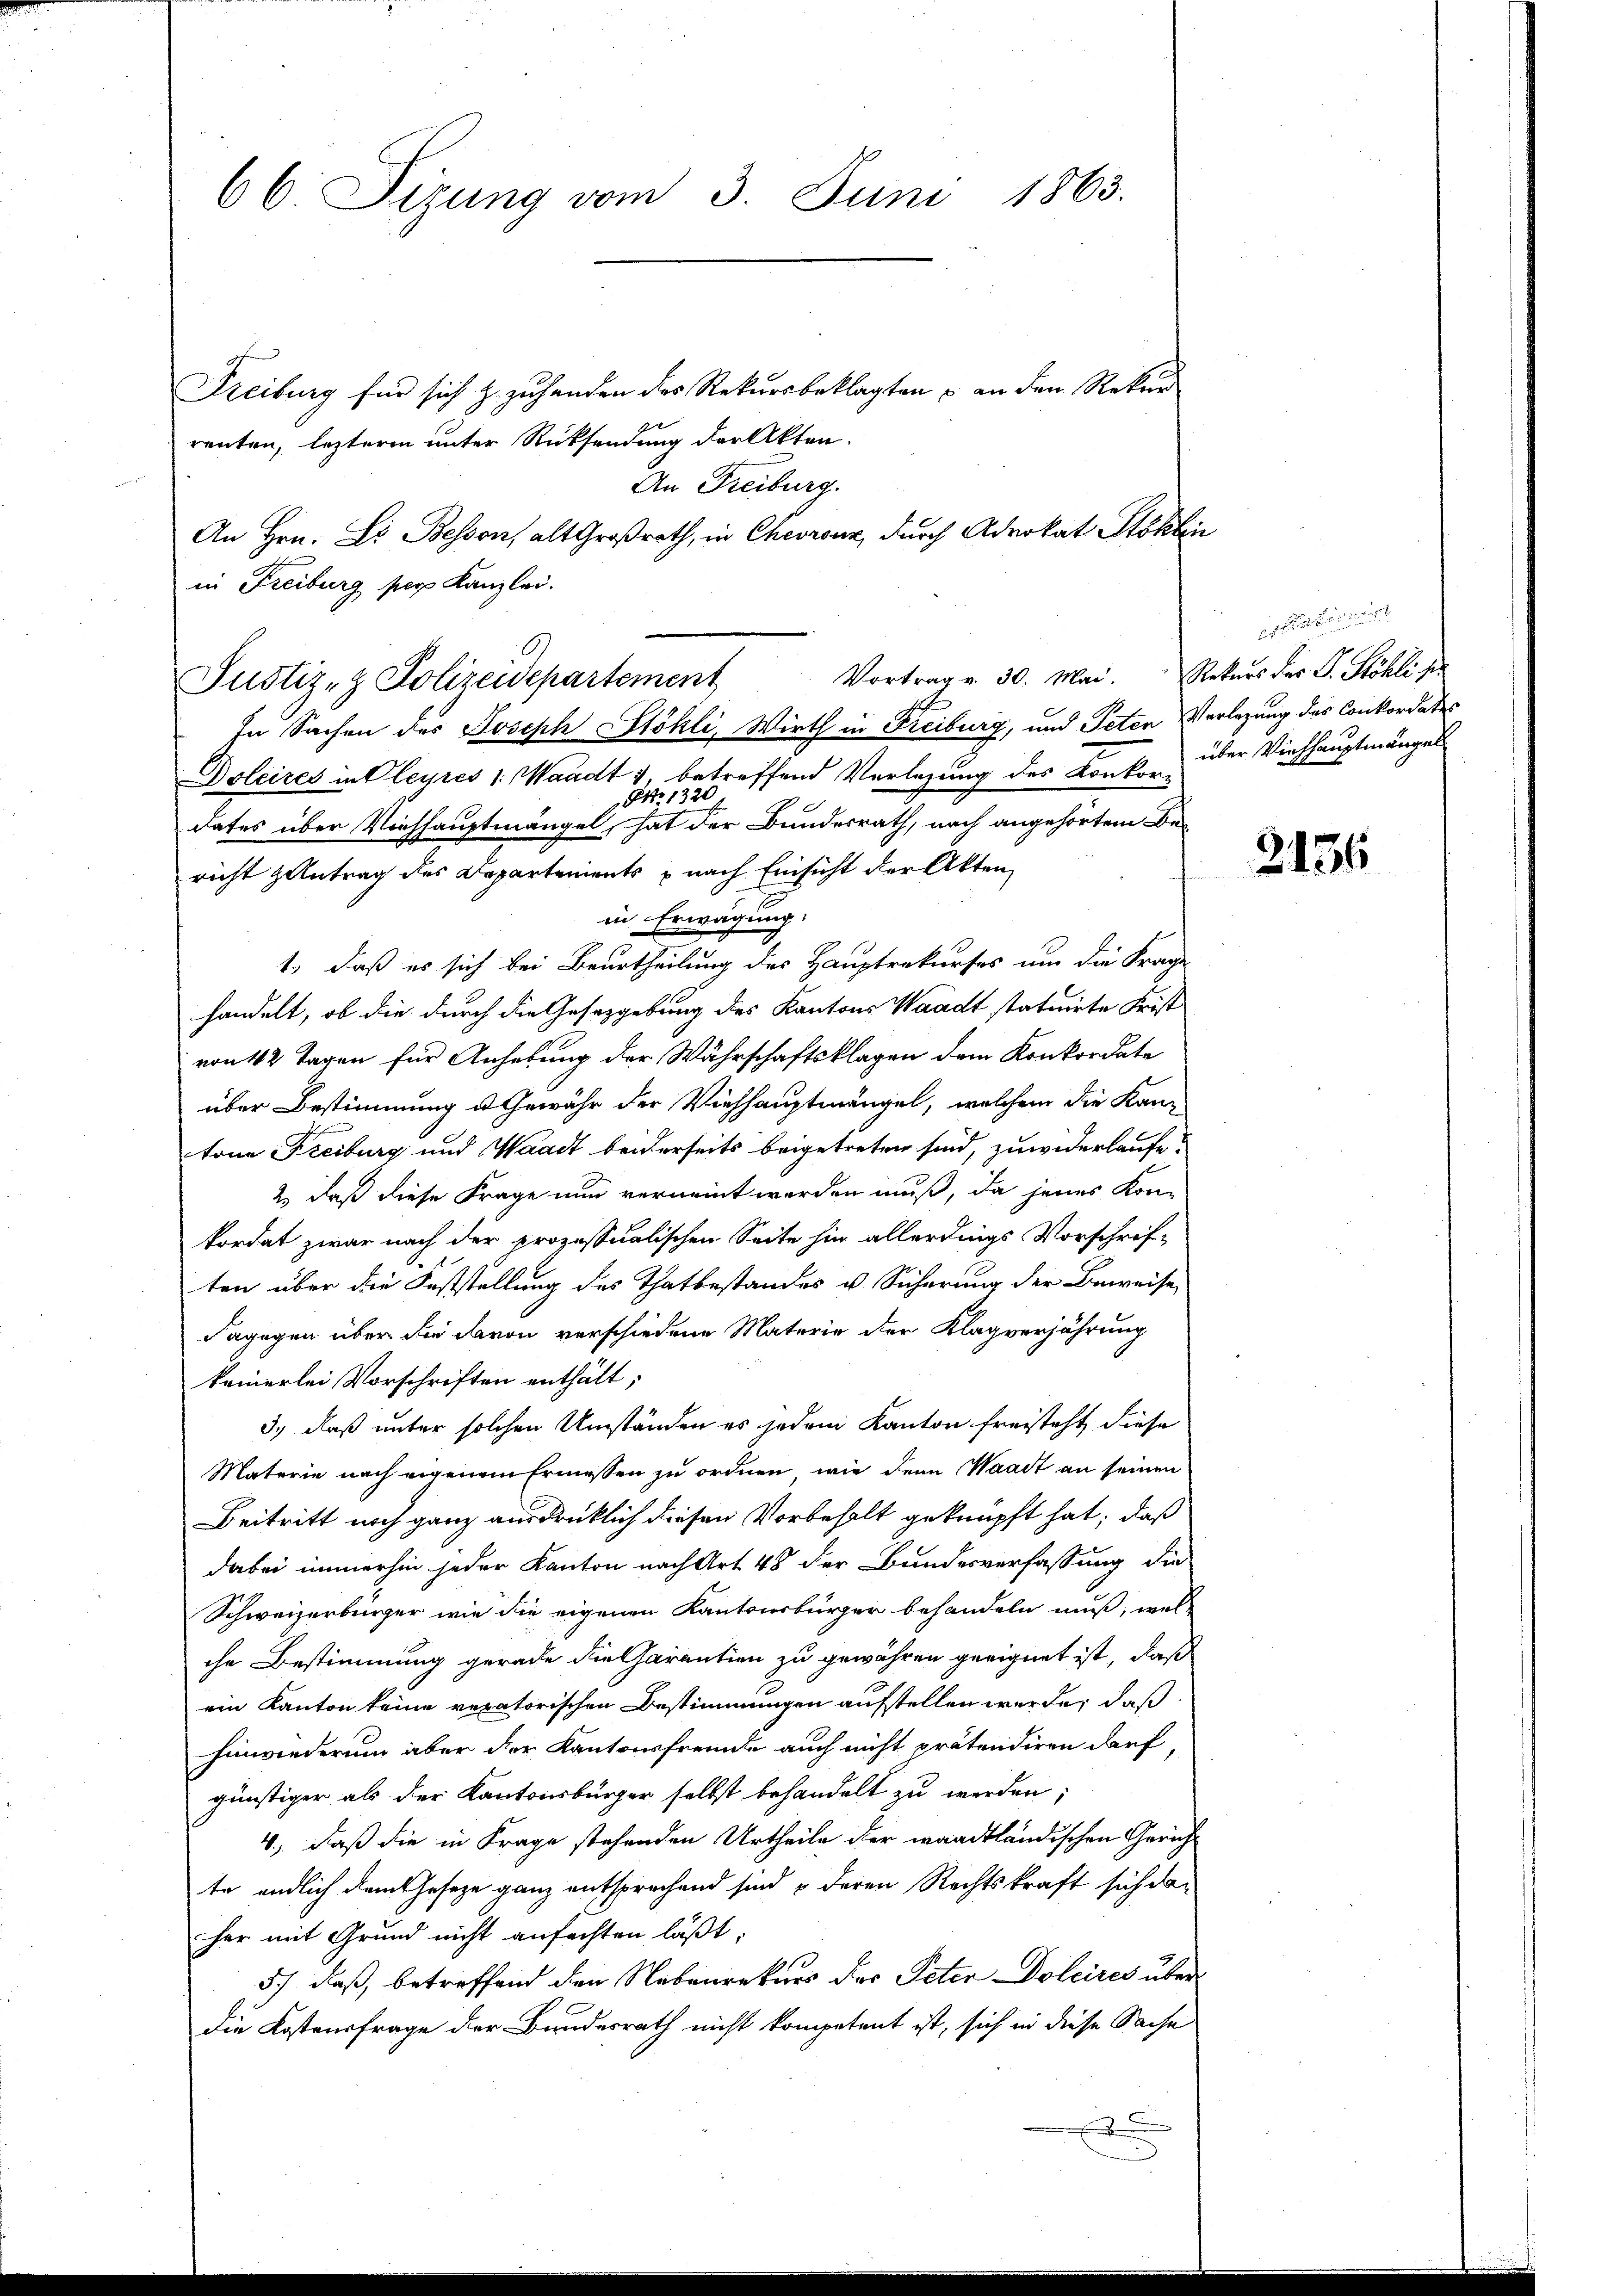
66 Sizung vom 3. Juni 1863.

Freiburg für sich z. zuhanden des Rekursbeklagten & an den Rekur
renten, lezteren unter Rücksendung der Akten.
An Freiburg.
An Hrn. Dr Bessen, alt Großrath, in Chevronz, durch Advokat Stokli
in Freiburg per Kanzlei.
In Sachen des Joseph Stöhli, Wirth in Freiburg, und Peten Verlegung des Conkordates
Doleires in Cleyres 1. Waadt 1, betreffend Vorlesung des Konkor über Viehhauptmängel
320
24
dates über Viehhauptmängel, hat der Bundesrath, nach angehörtem Bericht antrag des Departements nach Einsicht der Akten,
in Erwägung:
1., daß es sich bei Beurtheilung des Hauptrekurses um die Frage
handelt, ob die durch die Gesetzgebung des Kantons Waadt statuirte Frist
von 42 Tagen für Anhebung der Währschaftsklagen dem Konkordate
über Bestimmung u. Gewähr der Viehhauptmängel, welchem die Kantone Freiburg und Waadt beiderseits beigetreten sind, zuwiderlaufe
2.) daß diese Frage nun verneint werden muß, da jenes Kon-
kordat zwar nach der prozessualischen Seite hin allerdings Vorschrif-
ten über die Feststellung des Thatbestandes u. Sicherung der Beweise
dagegen über die davon verschiedene Materie der Klagverjährung
keinerlei Vorschriften enthält,
3.) daß unter solchen Umständen es jedem Kanton freisteht diese
Materie nach eigenem Ermessen zu ordnen, wie denn Waadt an seinen
Beitritt noch ganz ausdrücklich diesen Vorbehalt geknüpft hat, daß
dabei immerhin jeder Kanton nach Art 48 der Bundesverfassung die
Schweizerbürger wie die eigenen Kantonsbürger behandeln muß, welche Bestimmung gerade die Charantien zu gewähren geeignet ist, daß
ein Kanton keine vexatorischen Bestimmungen aufstellen werde, daß
hinwiederum aber der Kantonsfreunde auch nicht prätendiren darf
günstiger als der Kantonsbürger selbst behandelt zu werden;
4., daß die in Frage stehenden Urtheile der waadtländischen Gericht
te endlich dem Geseze ganz entsprechend sind & deren Rechtskraft sich daher mit Grund nicht anfachten läßt,
5) daß, betreffend den Nebenrekurs der Peter Doleires über
die Kostensfrage der Bundesrath nicht kompetent ist, sich in diese Sache
e

Justiz- & Polizeidepartement

Vortrag v. 30. Mai. Rekurs der P. Köhle sie

enfallen wer

2136